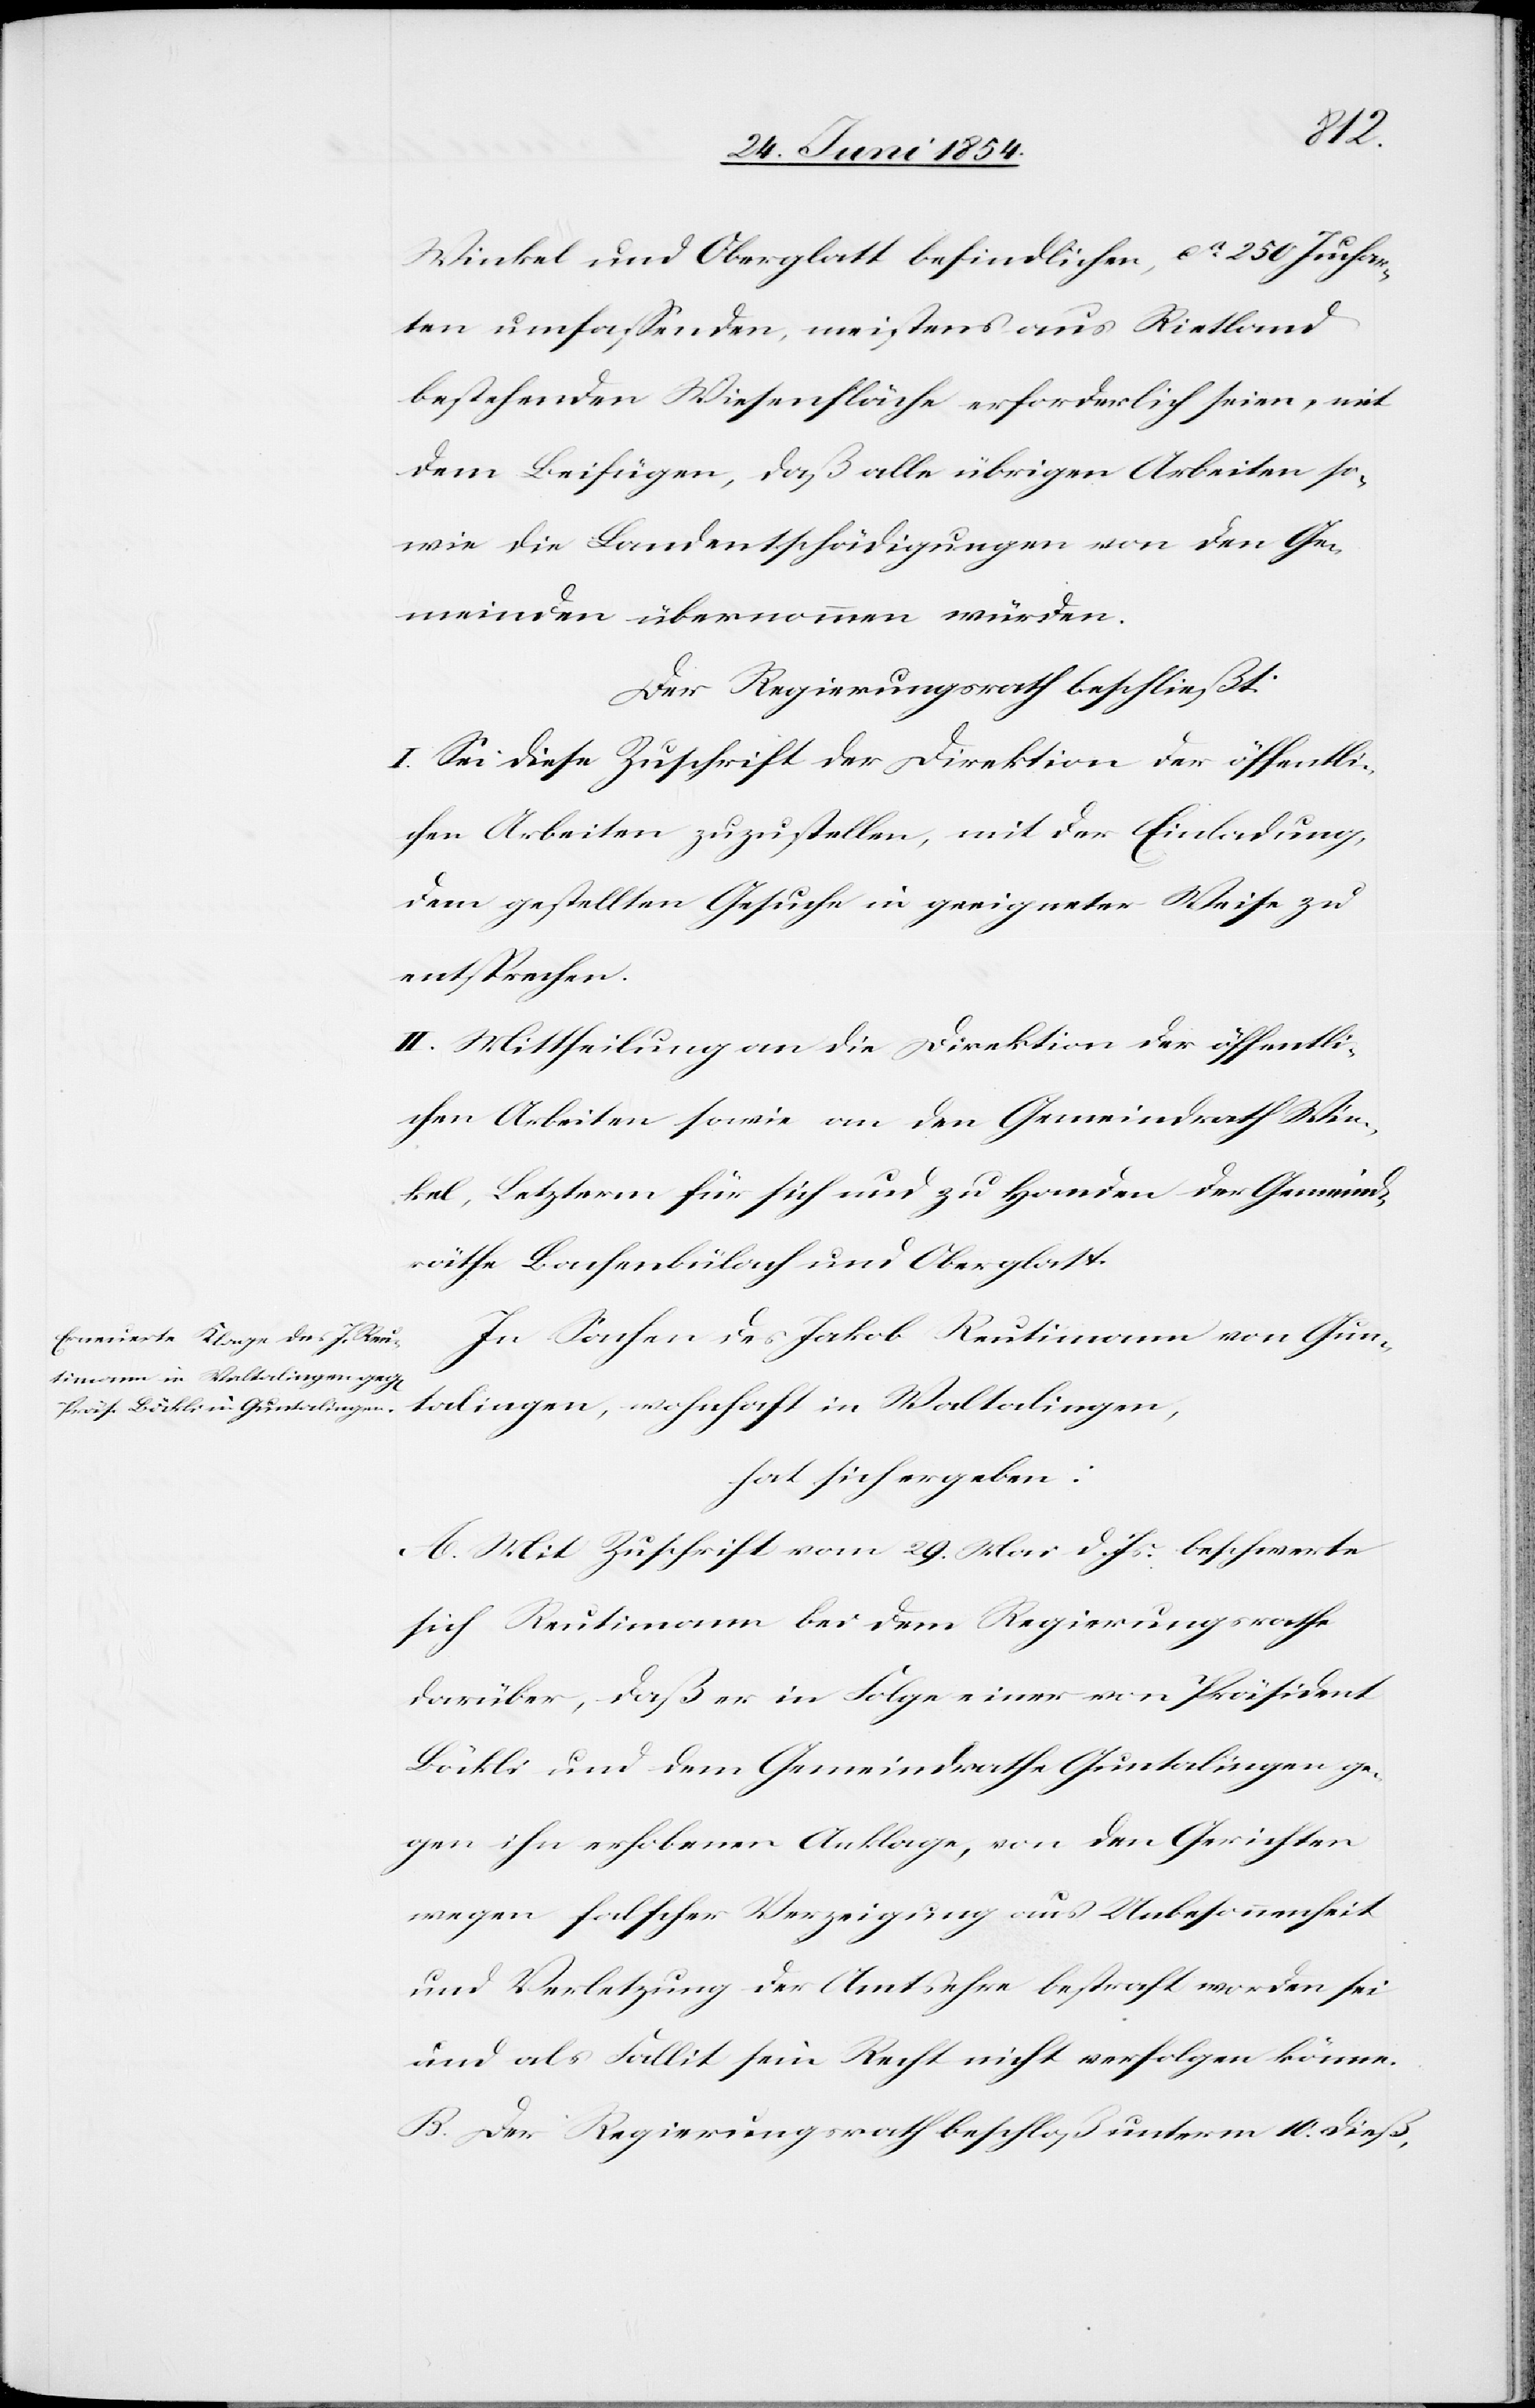
Winkel und Oberglatt befindlichen, ca 250 Juchar¬
ten umfaßenden, meistens aus Rietland
bestehenden Wiesenfläche erforderlich seien, mit
dem Beifügen, daß alle übrigen Arbeiten so¬
wie die Landesentschädigungen von den Ge¬
meinden übernommen würden.
Der Regierungsrath beschließt:
I. Sei diese Zuschrift der Direktion der öffentli¬
chen Arbeiten zuzustellen, mit der Einladung,
dem gestellten Gesuch in geeigneter Weise zu
entsprechen.
II. Mittheilung an die Direktion der öffentli¬
chen Arbeiten sowie an den Gemeindrath Win¬
kel, Letzterm für sich und zu Handen der Gemeind¬
räthe Bachenbülach und Oberglatt.
In Sachen des Jakob Reutimann von Gun¬
talingen, wohnhaft in Waltalingen,
hat sich ergeben:
A. Mit Zuschrift vom 29. Mai d. Js. beschwerte
sich Reutimann bei dem Regierungsrathe
darüber, daß er in Folge einer von Präsident
Böckli und dem Gemeindrathe Guntalingen ge¬
gen ihn erhobenen Anklage, von den Gerichten
wegen falscher Verzeigung aus Unbesonnenheit
und Verletzung der Amtsehre bestraft worden sei
und als Fallit sein Recht nicht verfolgen könne.
B. Der Regierungsrath beschloß unterm 10. dieß,